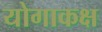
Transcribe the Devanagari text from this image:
योगाकक्ष